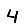
Digit: 4